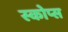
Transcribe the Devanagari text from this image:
स्कोप्स